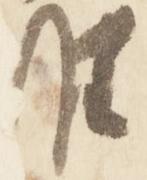
難